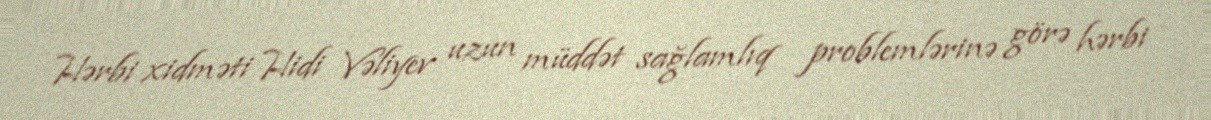
Hərbi xidməti Hidi Vəliyev uzun müddət sağlamlıq problemlərinə görə hərbi